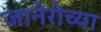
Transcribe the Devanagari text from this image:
जानेरोच्या